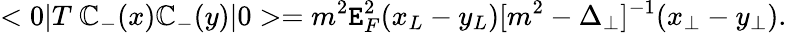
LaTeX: <0|T\ \mathbb{C}_{-}(x)\mathbb{C}_{-}(y)|0>=m^{2}\mathtt{E}_{F}^{2}(x_{L}-y_{L})[m^{2}-\Delta_{\perp}]^{-1}(x_{\perp}-y_{\perp}).